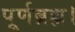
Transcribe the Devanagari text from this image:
पूर्णब्रह्म।